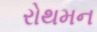
રોથમન